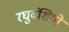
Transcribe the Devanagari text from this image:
रघुवंशियो